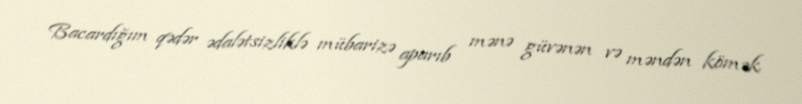
Bacardığım qədər ədalətsizliklə mübarizə aparıb mənə güvənən və məndən kömək